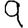
Digit: 9